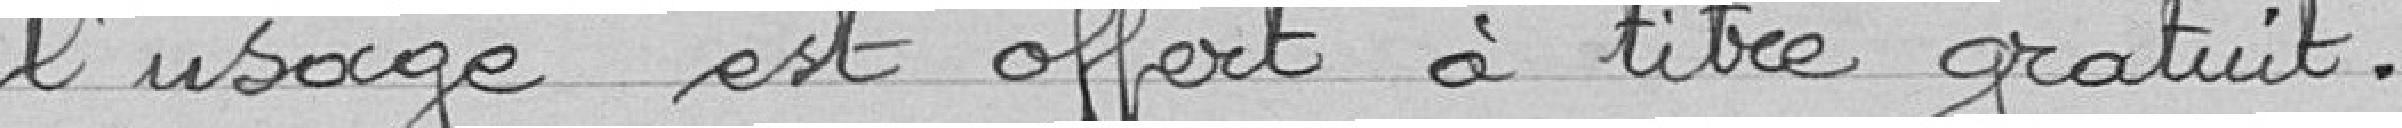
l'usage est offert à titre gratuit.